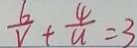
\frac { 6 } { V } + \frac { 4 } { u } = 3